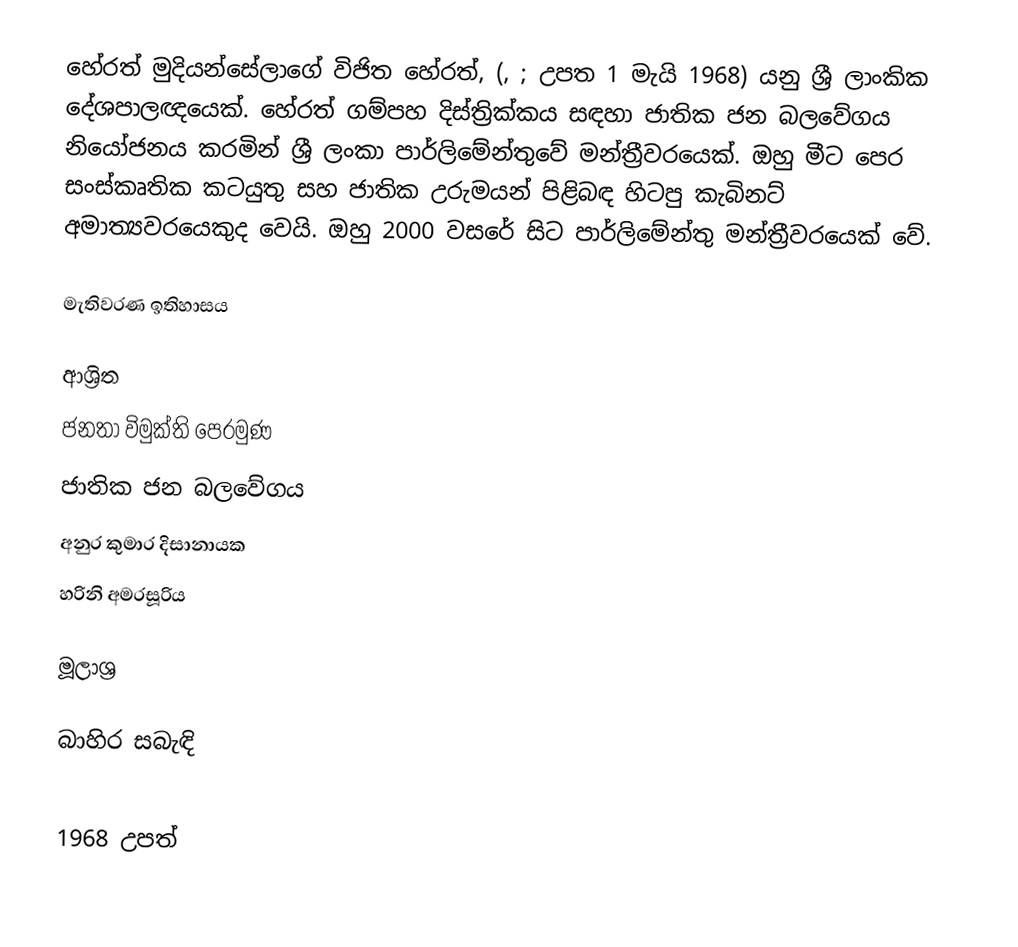
හේරත් මුදියන්සේලාගේ විජිත හේරත්, (, ; උපත 1 මැයි 1968) යනු ශ්‍රී ලාංකික දේශපාලඥයෙක්. හේරත් ගම්පහ දිස්ත්‍රික්කය සඳහා ජාතික ජන බලවේගය නියෝජනය කරමින් ශ්‍රී ලංකා පාර්ලිමේන්තුවේ මන්ත්‍රීවරයෙක්. ඔහු මීට පෙර සංස්කෘතික කටයුතු සහ ජාතික උරුමයන් පිළිබඳ හිටපු කැබිනට් අමාත්‍යවරයෙකුද වෙයි. ඔහු 2000 වසරේ සිට පාර්ලිමේන්තු මන්ත්‍රීවරයෙක් වේ.

මැතිවරණ ඉතිහාසය

ආශ්‍රිත
 ජනතා විමුක්ති පෙරමුණ
 ජාතික ජන බලවේගය
 අනුර කුමාර දිසානායක
 හරිනි අමරසූරිය

මූලාශ්‍ර

බාහිර සබැඳි

1968 උපත්